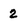
Character: 2